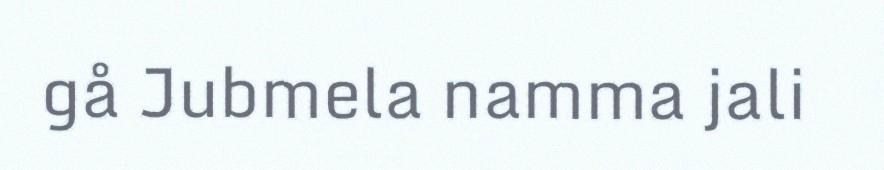
gå Jubmela namma jali